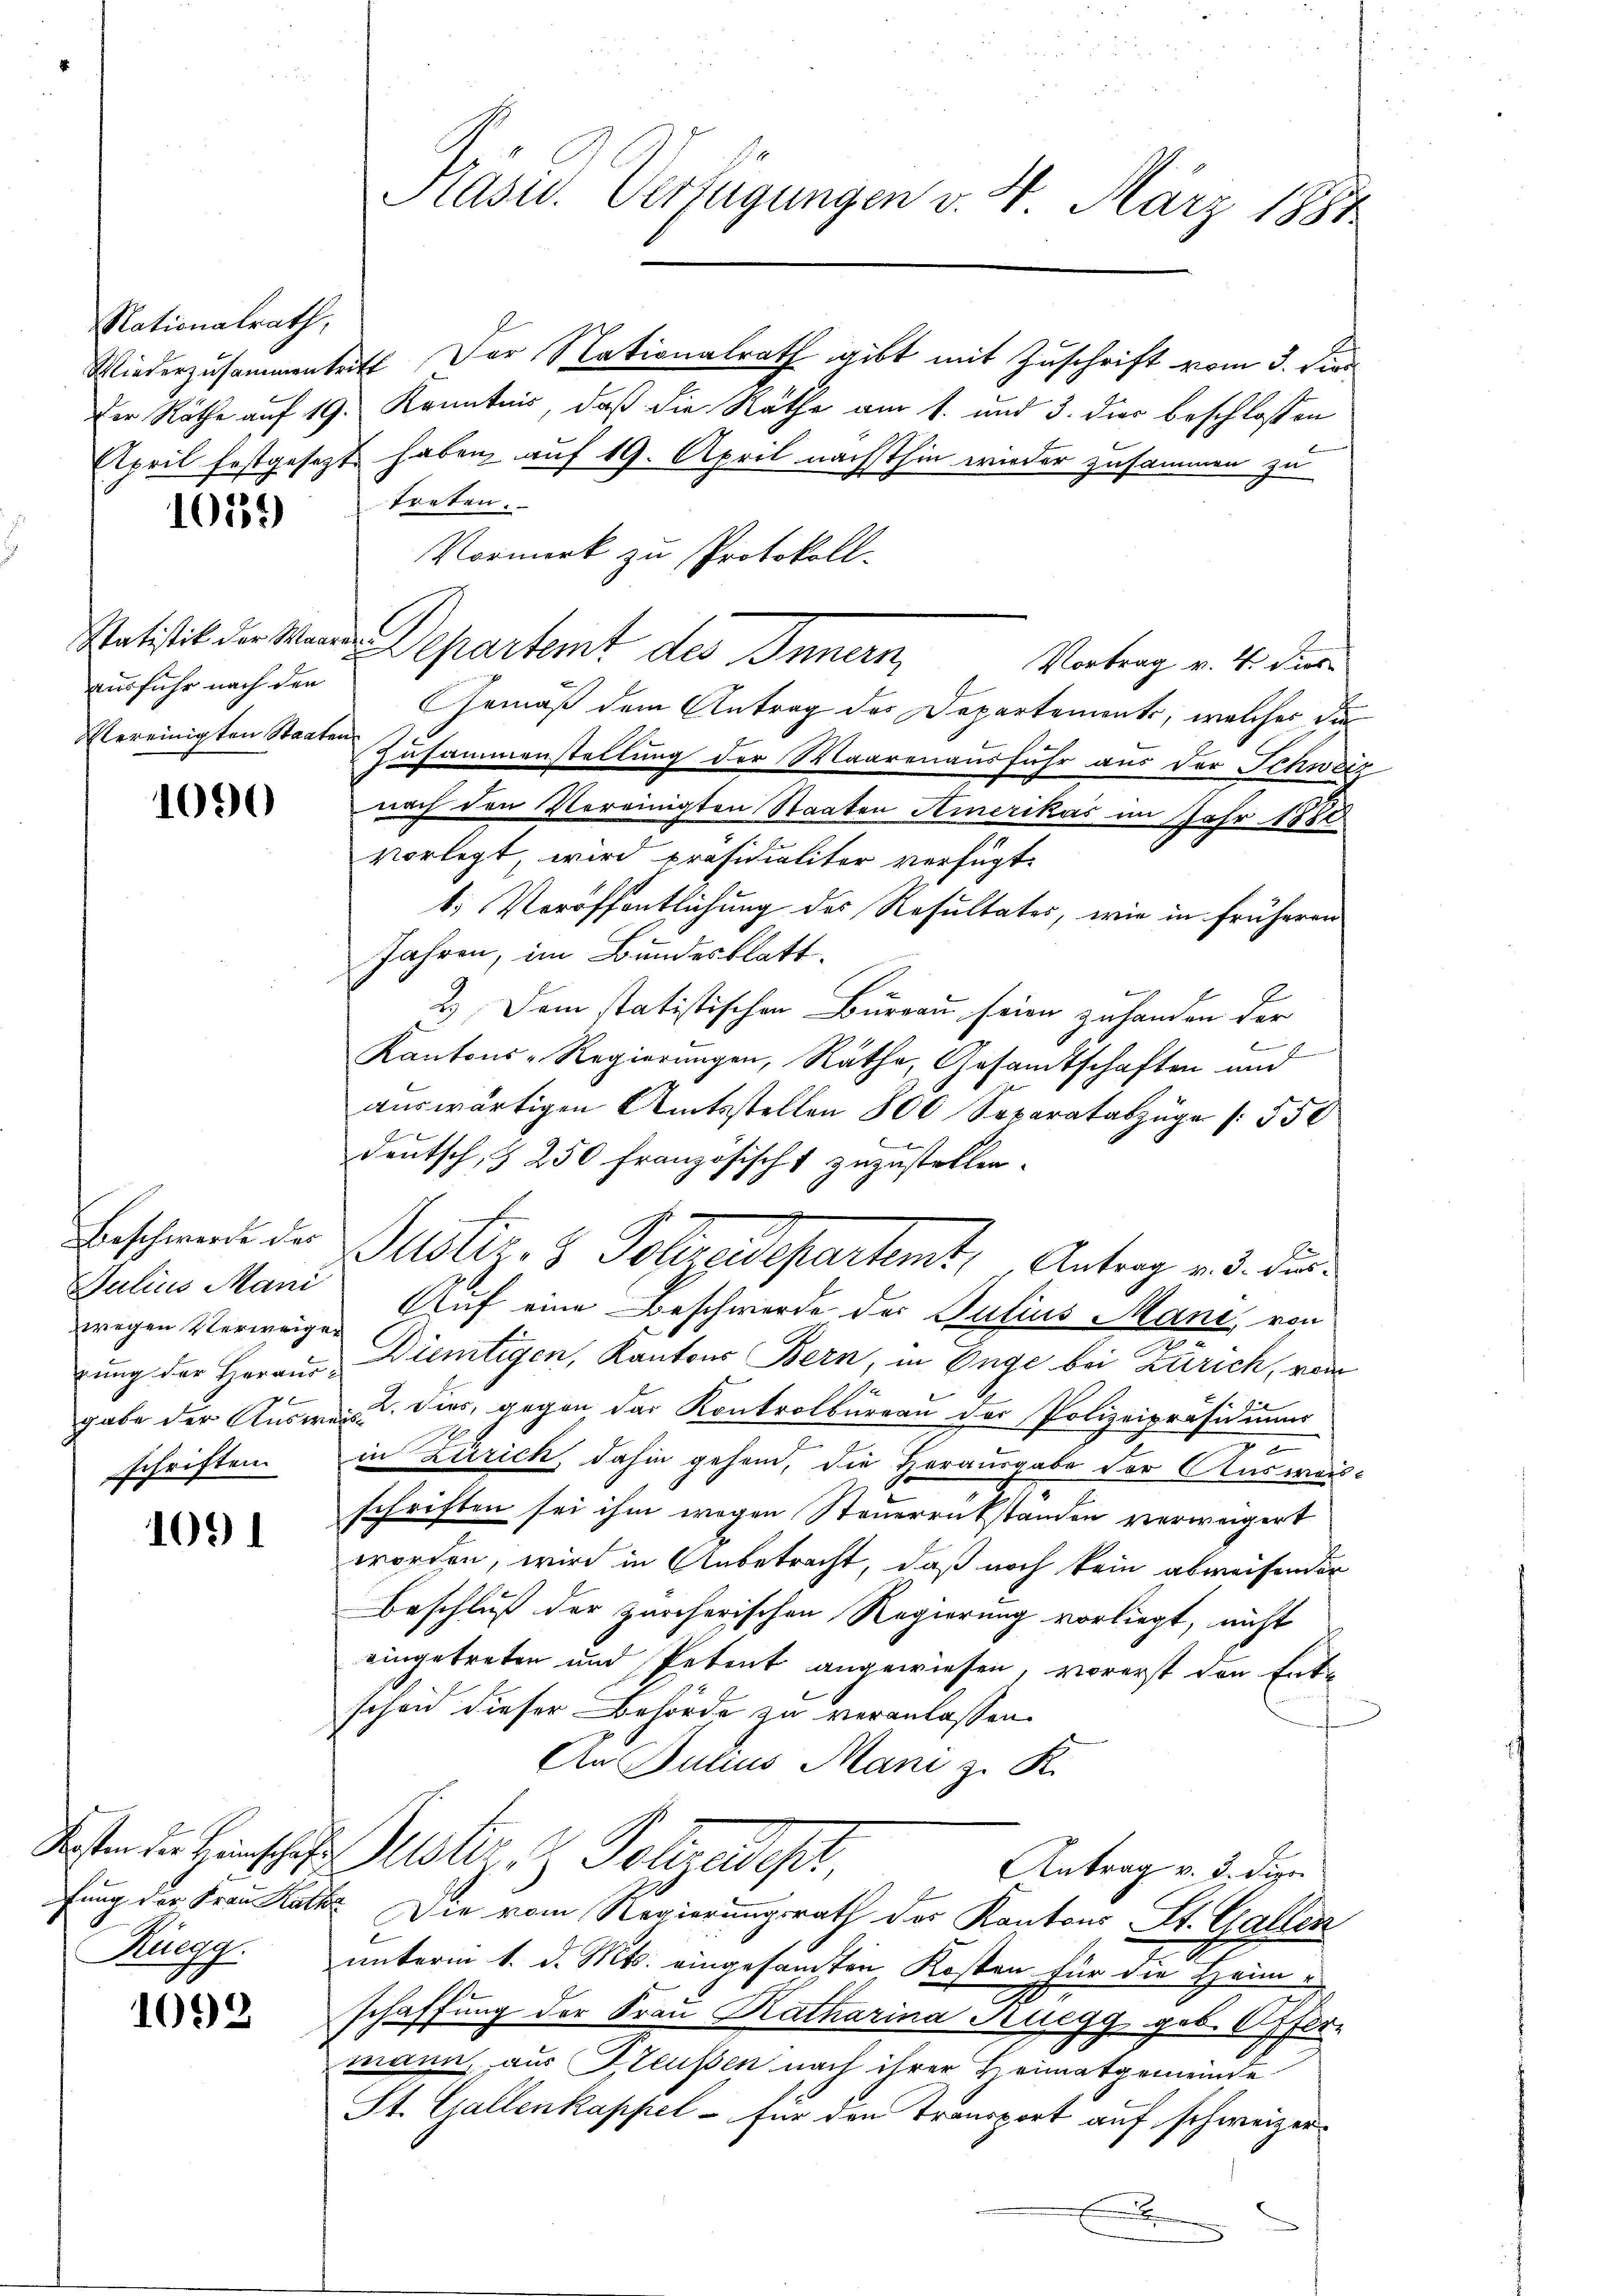
Nationalrath,

1039

Vereinigten Staaten.

1090

Beschwerde des
Julius Mani
wegen Verweiger
rung der Herausschriften

1091

1092

Wiederzusammentritt der Nationalrath gibt mit Zuschrift vom 3. Dien
Der Räthe auf 19. Kenntnis, daß die Räthe am 1. und 3. dies beschlossen
April festgesezt haben, auf 19. April nächsthin wieder zusammen zu
treten.
Vormerk zu Protokoll-
Satistik der Mann Departemt des Innern,
Vortrag v. 4. dies
ausfuhr nach den Gemäß dem Antrag des Departements, welcher die
Zusammenstellung der Waarenausfuhr aus der Schweiz
nach den Vereinigten Staaten Amerikas im Jahr 1881
vorlegt, wird präsidialiter verfügt:
b. Veröffentlichung des Resultates, wie in früheren
Jahren, im Bundesblatt
2.) Dem statistischen Burgau seien zuhanden der
Kantons-Regierungen, Räthe, Gesandtschaften und
auswärtigen Amtsstellen 800 Separatabzüge 550
deutsch, § 250 französischt zuzustellen.
Auf eine Beschwerde des Julius Manz, von
Diemtigen, Kantons Bern, in Enge bei Zürich, vom
gabe der Ausweis dies, gegen das Kontrolbureau der Polizeipräsidiums
7
in Zürich, dahin gehend, die Herausgabe der Ausweis-
schriften sei ihm wegen Steuerrükständen verweigert
worden, wird in Anbetracht, daß noch kein abweisender
Beschluß der zürcherischen Regierung vorliegt, nicht
eingetreten und Petent angewiesen, vorerst den Ent-
schen dieser Behörde zu veranlassen.
An Julius Mani z. K.
Kosten in Hinschen Geister, Polizeidest,
Antrag v. 3. die
fung der Frau Kath. Die vom Regierungsrath des Kantons St. Gallen
Rüegg unterm 1. d. Mts. eingesamten Kosten für die Heimschaffung der Frau Katharina Ruegg geb. Offer
mann, aus Bleußen nach ihrer Heimatgemeinde-
St. Gallenkappel - für den Transport auf schweizer
E

Präsid. Verfügungen v. 4. März 1884

Justiz- & Poltendepartamt, „Antrag v. 3. Fer